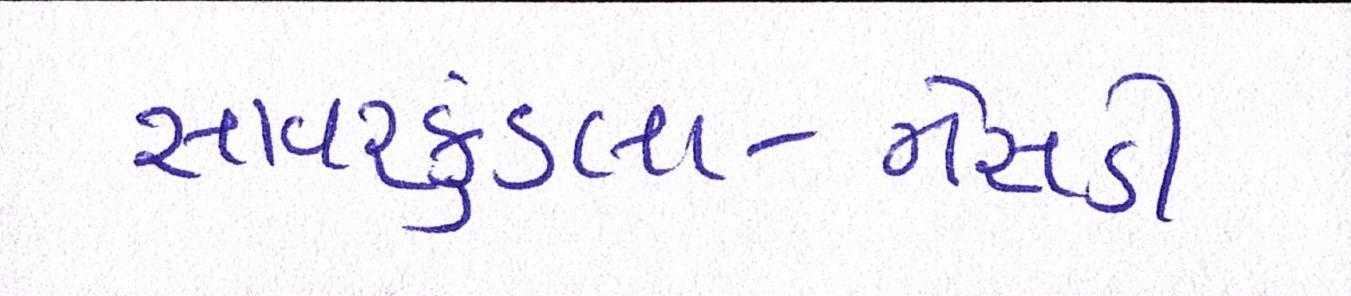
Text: સાવરકુંડલા-નેસડી